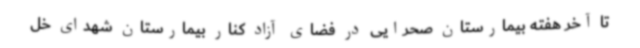
تا آخر هفته بیمارستان صحرایی در فضای آزاد کنار بیمارستان شهدای خل